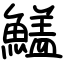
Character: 𩺻